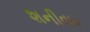
શનીવાર